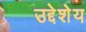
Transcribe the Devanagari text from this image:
उद्देशेय